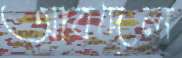
আবদেল